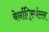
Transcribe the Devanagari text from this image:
बेर्नार्द्स्विल्ल